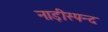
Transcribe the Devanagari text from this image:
नाड़ीस्पन्द